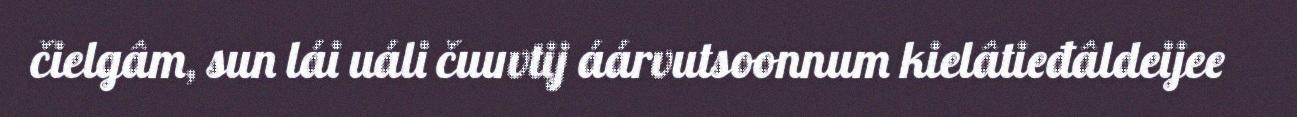
čielgâm, sun lái uáli čuuvtij áárvutsoonnum kielâtieđâldeijee